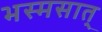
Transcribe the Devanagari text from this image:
भस्मसात्